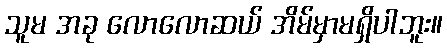
သူမ အခု လောလောဆယ် အိမ်မှာမရှိပါဘူး။